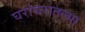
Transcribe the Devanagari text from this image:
घरांघरातल्या